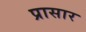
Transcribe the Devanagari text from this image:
प्रासार